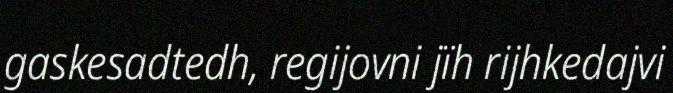
gaskesadtedh, regijovni jïh rijhkedajvi